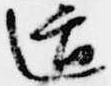
逅